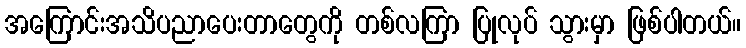
အကြောင်းအသိပညာပေးတာတွေကို တစ်လကြာ ပြုလုပ် သွားမှာ ဖြစ်ပါတယ်။